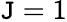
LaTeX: \mathtt{J}=1